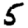
Digit: 5